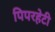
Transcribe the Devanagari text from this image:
पिपरहेटी